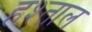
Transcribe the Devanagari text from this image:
हश्ताल